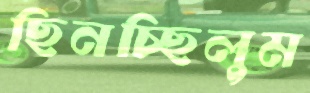
ছিনচ্ছিলুম